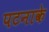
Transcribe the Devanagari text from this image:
पटनाके